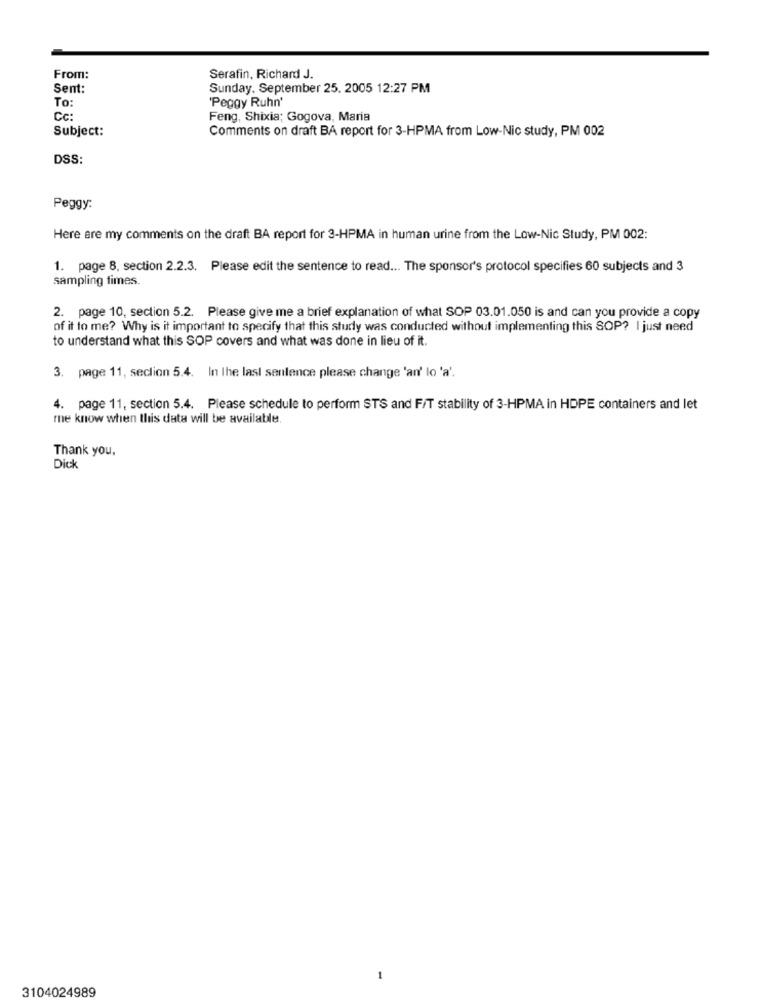
From:
Serafin, Richard J.
Sent:
Sunday, September 25. 2005 12:27 PM
To:
'Peggy Ruhn'
Cc:
Feng, Shixia; Gogova, Maria
Subject:
Comments on draft BA report for 3-HPMA from Low-Nic study, PM 002
DSS:
Peggy:
Here are my comments on the draft BA report for 3-HPMA in human urine from the Low-Nic Study, PM 002:
1. page 8, section 2.2.3. Please edit the sentence to read ... The sponsor's protocol specifies 60 subjects and 3
sampling times.
2. page 10, section 5.2. Please give me a brief explanation of what SOP 03.01.050 is and can you provide a copy
of it to me? Why is it important to specify that this study was conducted without implementing this SOP? I just need
to understand what this SOP covers and what was done in lieu of it.
3. page 11, section 5.4. In the last sentence please change 'an' lo 'a'.
4. page 11, section 5.4. Please schedule to perform STS and F/T stability of 3-HPMA in HOPE containers and let
me know when this data will be available.
Thank you.
Dick
-
3104024989